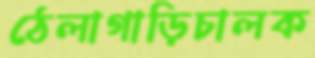
ঠেলাগাড়িচালক